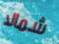
شمالا